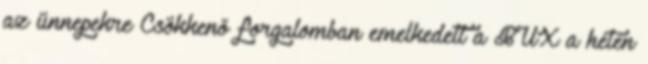
az ünnepekre Csökkenő forgalomban emelkedett a BUX a héten